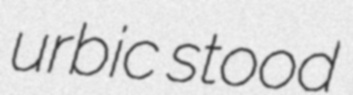
urbic stood